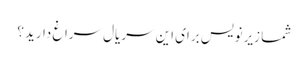
شما زیرنویس برای این سریال سراغ دارید؟